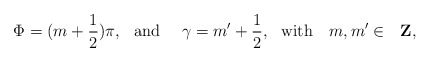
\begin{align*}\Phi = (m+ \frac{1}{2}) \pi, \,\,\,\,\mbox{and}\,\,\,\,\,\,\,\, \gamma =m'+\frac{1}{2}, \,\,\,\,\mbox{with}\,\,\,\,\,\, m, m'\in\,\,\,\, \mbox{{\bf Z}},\end{align*}